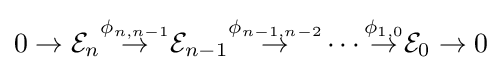
0\to {\mathcal {E}}_{n}{\overset {\phi _{n,n-1}}{\rightarrow }}{\mathcal {E}}_{n-1}{\overset {\phi _{n-1,n-2}}{\rightarrow }}\cdots {\overset {\phi _{1,0}}{\rightarrow }}{\mathcal {E}}_{0}\to 0